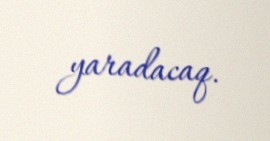
yaradacaq.